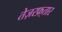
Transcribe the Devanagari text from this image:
तेज़रफ़्तार